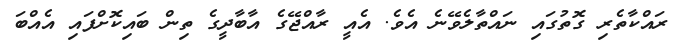
ރައްކާތެރި ގޮތުގައި ނައްތާލެވޭނެ އެވެ. އެއީ ރާއްޖޭގެ އާބާދީގެ ތިން ބައިކޮށްފައި އެއްބަ